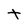
Character: t